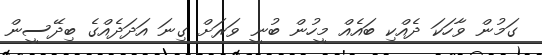
ގަމުން ވާހަކަ ދެއްކި ބައެއް މީހުން ބުނީ ވަރަށް ގިނަ އަދަދެއްގެ ބިދޭސީން